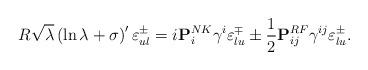
LaTeX: \begin{align*}R \sqrt{\lambda} \left( \ln {\lambda} + \sigma \right) ' \varepsilon^{\pm}_{ul} = i {\bf P}^{NK}_i \gamma^i \varepsilon^{\mp}_{lu} \pm {1 \over 2} {\bf P}_{ij}^{RF} \gamma^{ij} \varepsilon^{\pm}_{lu} .\end{align*}